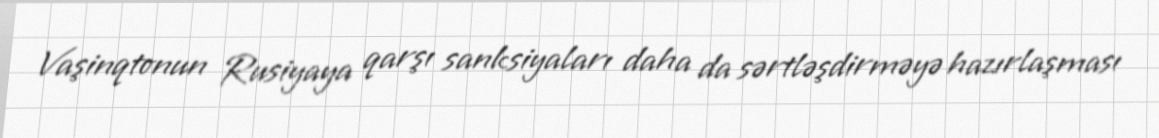
Vaşinqtonun Rusiyaya qarşı sanksiyaları daha da sərtləşdirməyə hazırlaşması